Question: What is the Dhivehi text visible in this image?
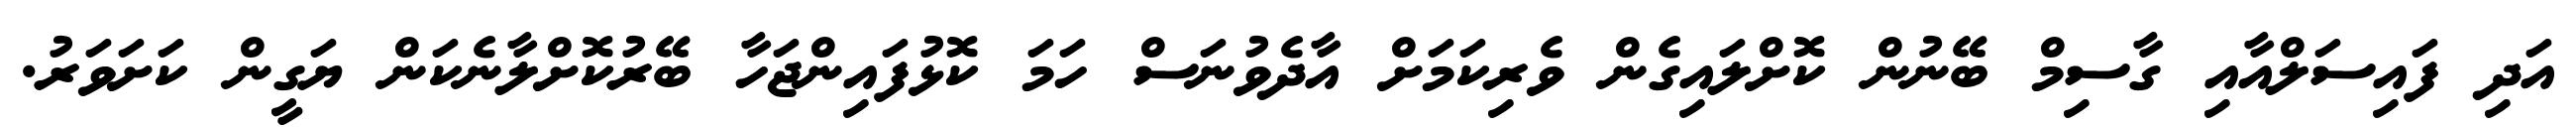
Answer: އަދި ފައިސަލްއާއި ގާސިމް ބޭނުން ކޮށްލައިގެން ވެރިކަމަށް އާދެވުނަސް ހަމަ ކޮޅުފައިންޖަހާ ބޭރުކޮށްލާނެކަން ޔަގީން ކަށަވަރު.